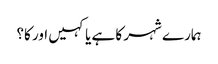
ہمارے شہر کا ہے یا کہیں اور کا؟